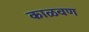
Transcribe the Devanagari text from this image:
काळवण